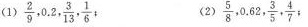
(1)。 \frac{2}{9},0.2, \frac{3}{13}, \frac{1}{6}; \frac{5}{8},0.62, \frac{3}{5}, \frac{4}{7};